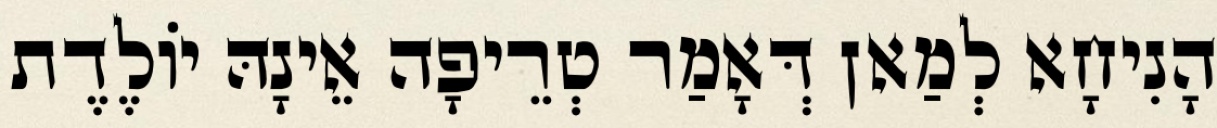
הָנִיחָא לְמַאן דְּאָמַר טְרֵיפָה אֵינָהּ יוֹלֶדֶת